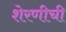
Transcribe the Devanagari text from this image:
शेरणीची